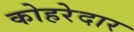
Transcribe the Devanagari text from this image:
कोहरेदार